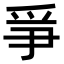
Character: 𤔇